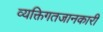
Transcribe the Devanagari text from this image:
व्यक्तिगतजानकारी